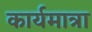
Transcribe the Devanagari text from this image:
कार्यमात्रा